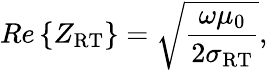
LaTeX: Re\left\{ Z_{\mathrm{RT}}\right\} =\sqrt{\frac{\omega\mu_{0}}{2\sigma_{\mathrm{RT}}}},